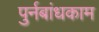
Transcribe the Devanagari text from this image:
पुर्नबांधकाम